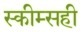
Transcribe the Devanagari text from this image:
स्कीम्सही